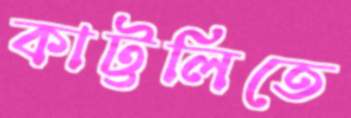
কাট্টলিতে